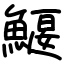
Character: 鰋